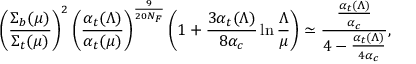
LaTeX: \left( { \frac { \Sigma _ { b } ( \mu ) } { \Sigma _ { t } ( \mu ) } } \right) ^ { 2 } \left( { \frac { \alpha _ { t } ( \Lambda ) } { \alpha _ { t } ( \mu ) } } \right) ^ { \frac { 9 } { 2 0 N _ { F } } } \left( 1 + { \frac { 3 \alpha _ { t } ( \Lambda ) } { 8 \alpha _ { c } } } \ln { \frac { \Lambda } { \mu } } \right) \simeq { \frac { \frac { \alpha _ { t } ( \Lambda ) } { \alpha _ { c } } } { 4 - { \frac { \alpha _ { t } ( \Lambda ) } { 4 \alpha _ { c } } } } } ,